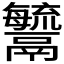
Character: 𩱢